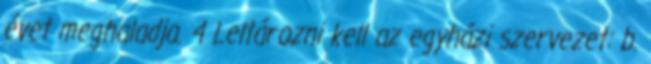
évet meghaladja. 4 Leltározni kell az egyházi szervezet: b.